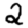
Digit: 2